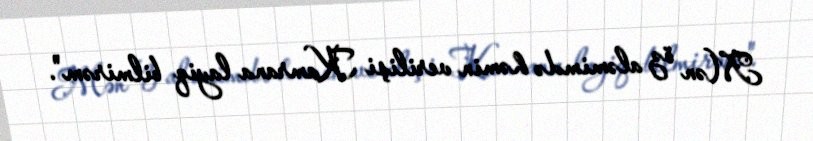
Mən öz aləmimdə həmin verilişi Kamrana layiq bilmirəm".